Vaccination in Bombay 1863-1868 - 1863-1868
Year: 1863
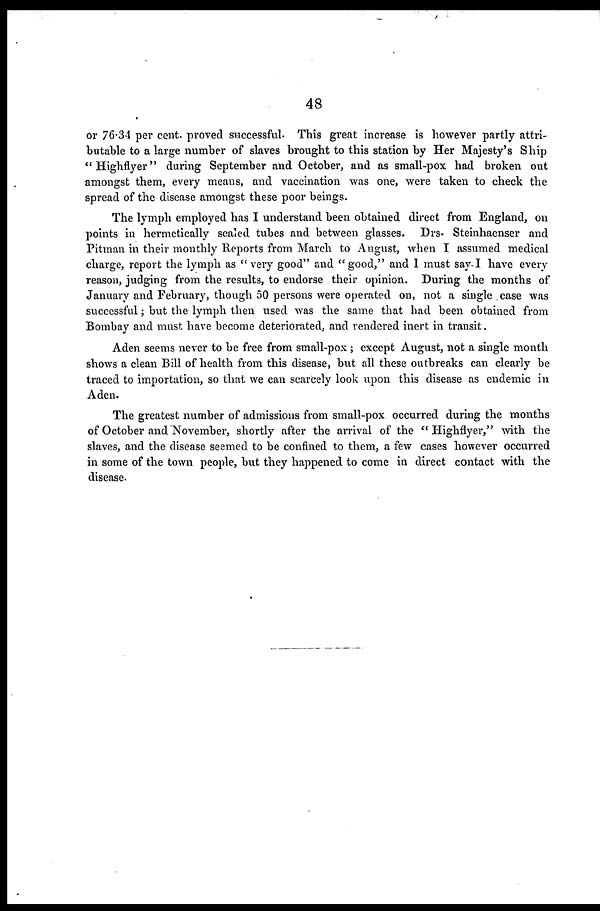
48
or 76.34 per cent. proved successful. This great increase is however partly attri-
butable to a large number of slaves brought to this station by Her Majesty's Ship
"Highflyer" during September and October, and as small-pox had broken out
amongst them, every means, and vaccination was one, were taken to check the
spread of the disease amongst these poor beings.
The lymph employed has I understand been obtained direct from England, on
points in hermetically sealed tubes and between glasses. Drs. Steinhaenser and
Pitman in their monthly Reports from March to August, when I assumed medical
charge, report the lymph as "very good" and "good," and I must say I have every
reason, judging from the results, to endorse their opinion. During the months of
January and February, though 50 persons were operated on, not a single . case was
successful; but the lymph then used was the same that had been obtained from
Bombay and must have become deteriorated, and rendered inert in transit.
Aden seems never to be free from small-pox ; except August, not a single month
shows a clean Bill of health from this disease, but all these outbreaks can clearly be
traced to importation, so that we can scarcely look upon this disease as endemic in
Aden.
The greatest number of admissions from small-pox occurred during the months
of October and November, shortly after the arrival of the "Highflyer," with the
slaves, and the disease seemed to be confined to them, a few cases however occurred
in some of the town people, but they happened to come in direct contact with the
disease.